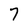
Character: 7